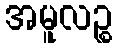
အမူလဉ္စ